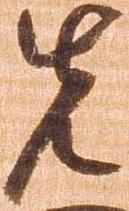
先